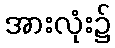
အားလုံး၌